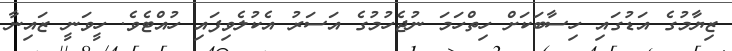
ޒިޔާމުގެ އަޑުގައި ހިސާބަކަށް ހިތްހަމަ ނުޖެހުމުގެ އަސަރު އެކުލެވިފައި ހުއްޓެވެ. ހީވަނީ ޒައިނާ